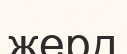
жерд